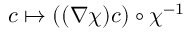
c \mapsto ( ( \nabla \chi ) c ) \circ \chi ^ { - 1 }